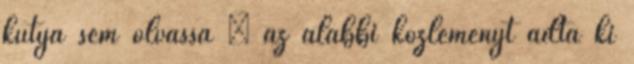
kutya sem olvassa – az alábbi közleményt adta ki